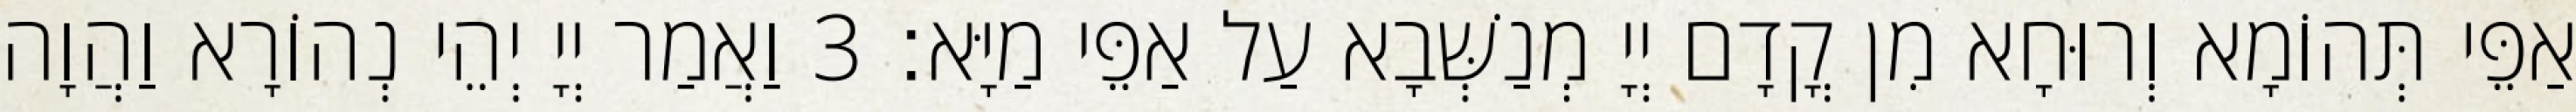
אַפֵּי תְּהוֹמָא וְרוּחָא מִן קֳדָם יְיָ מְנַשְּׁבָא עַל אַפֵּי מַיָּא׃ 3 וַאֲמַר יְיָ יְהֵי נְהוֹרָא וַהֲוָה